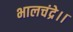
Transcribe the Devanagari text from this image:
भालचंद्रे।।